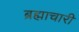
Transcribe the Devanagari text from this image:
ब्रह्माचारी